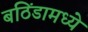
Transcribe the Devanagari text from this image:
बठिंडामध्ये